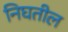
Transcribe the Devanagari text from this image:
निघतील